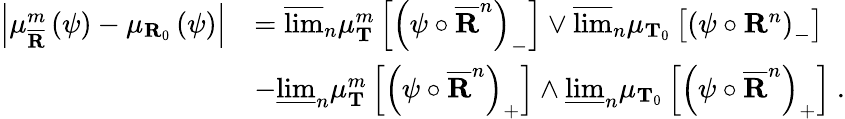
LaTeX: \begin{array}{rl}{\left\vert\mu_{\overline{{\mathbf{R}}}}^{m}\left(\psi\right)-\mu_{\mathbf{R}_{0}}\left(\psi\right)\right\vert}&{=\overline{{\operatorname*{lim}}}_{n}\mu_{\mathbf{T}}^{m}\left[\left(\psi\circ\overline{{\mathbf{R}}}^{n}\right)_{-}\right]\vee\overline{{\operatorname*{lim}}}_{n}\mu_{\mathbf{T}_{0}}\left[\left(\psi\circ\mathbf{R}^{n}\right)_{-}\right]}\\ &{-\underline{{\operatorname*{lim}}}_{n}\mu_{\mathbf{T}}^{m}\left[\left(\psi\circ\overline{{\mathbf{R}}}^{n}\right)_{+}\right]\wedge\underline{{\operatorname*{lim}}}_{n}\mu_{\mathbf{T}_{0}}\left[\left(\psi\circ\overline{{\mathbf{R}}}^{n}\right)_{+}\right]\ .}\end{array}